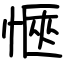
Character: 愜